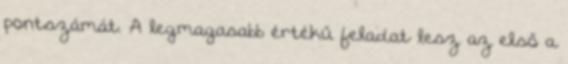
pontszámát. A legmagasabb értékű feladat lesz az első a